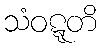
သံဝဋ္ဋတိ